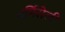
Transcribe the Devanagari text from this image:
वर्मिसेली